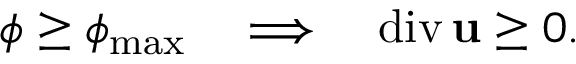
\phi \geq \phi _ { \mathrm { m a x } } \quad \Longrightarrow \quad \mathrm { d i v } \, { \bf u } \geq 0 .